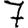
Digit: 7